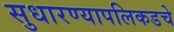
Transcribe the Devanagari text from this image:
सुधारण्यापलिकडचे